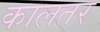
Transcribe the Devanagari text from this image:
कालतर